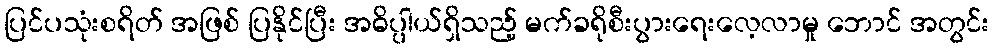
ပြင်ပသုံးစရိတ် အဖြစ် ပြနိုင်ပြီး အဓိပ္ပါယ်ရှိသည့် မက်ခရိုစီးပွားရေးလေ့လာမှု ဘောင် အတွင်း